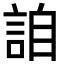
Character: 詯